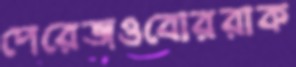
পেরেজওবোররাক